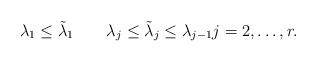
LaTeX: \begin{align*} &\lambda_1\leq \tilde\lambda_1 \qquad\lambda_j\leq \tilde\lambda_j\leq \lambda_{j-1}j=2,\dots,r.\end{align*}